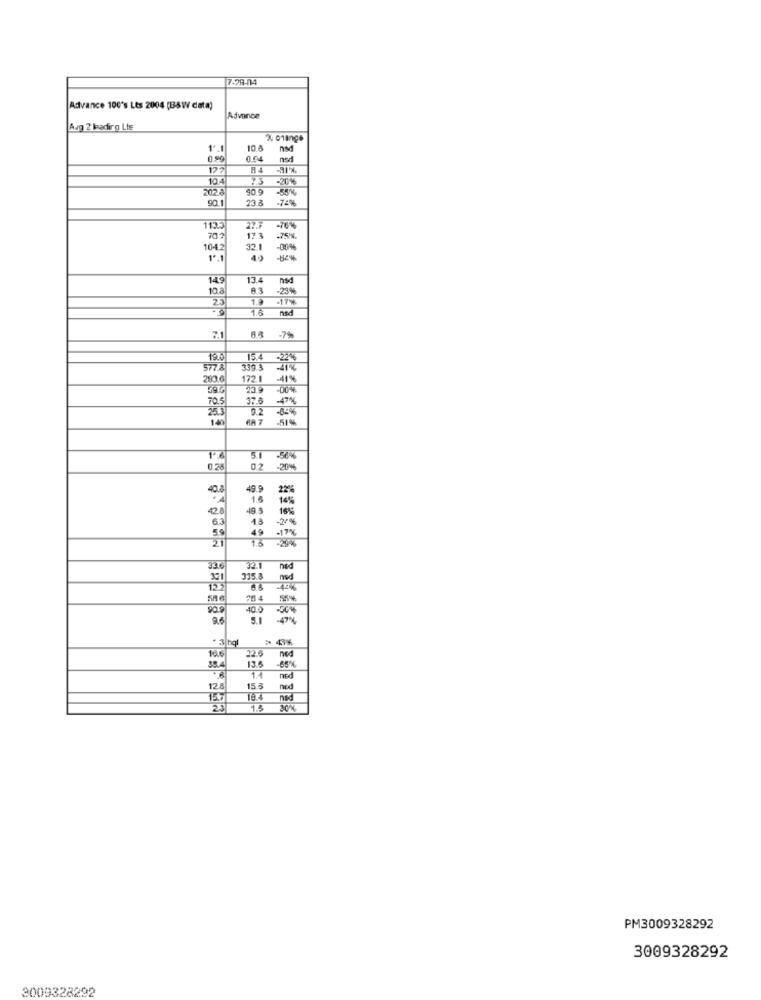
7-78-04
Advance 100's Lts 2004 (BSW data)
Advance
Aug 2 ladirg Lte
1'.
10.6
nad
0.99
nsd
127
-91%
10.4
7.5
-20%
202.8
40.9
90.1
23 8
-74%
11:5
-76%
70.2
173
104
32.1
-00%
1.
-
14
13.4
nad
10.
-23%
25
1.3
-17%
1.6
nad
.7%
15.
5778
339 3
283.6
172.1
41%
23 9
-00%
70.
37.6
25.5
140
-51 %
5.1 -50%
0.28
02 -20%
40.8
49.9
22%
1.5
14%
42.8
49.3
16%
6.3
48
-20%
59
49
1.6
-17%
33.6
321
ned
315.4
ned
20 4
90.9
40.0
9.6
5.1
16.6
126
38.4
13.6
ned
128
15.3
ned
nad
1.5
30%
PM3009328292
3009328292
3009328292